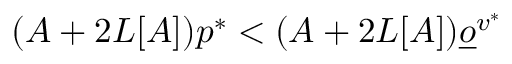
( A + 2 L [ A ] ) p ^ { * } < ( A + 2 L [ A ] ) \underline { o } ^ { v ^ { * } }